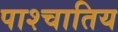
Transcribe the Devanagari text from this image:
पाश्चातिय